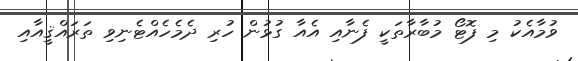
ވުމާއެކު މި ފޮޓޯ މުބާރާތަކީ ފެނާއި އެއާ ގުޅުން ހުރި ދެމެހެއްޓެނިވި ތަރައްޤީއާއި